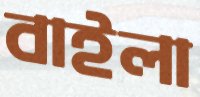
বাইলা